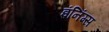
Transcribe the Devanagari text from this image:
इंनिंग्स